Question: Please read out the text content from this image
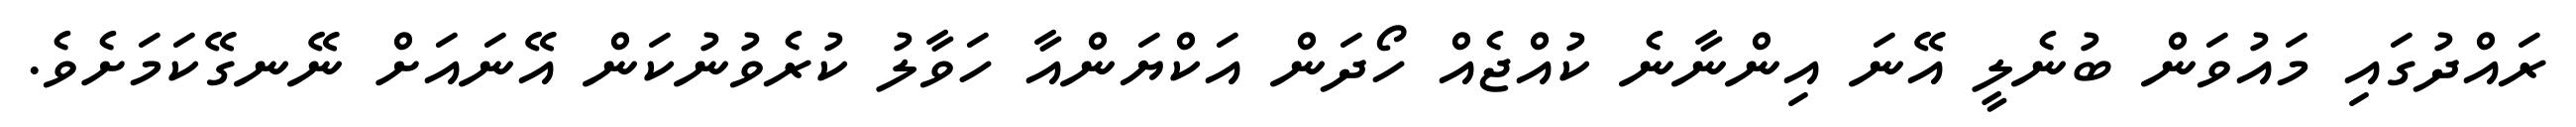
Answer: ރައްދުގައި މައުވަން ބުނެލީ އޭނަ އިންނާނެ ކުއްޖެއް ހޯދަން އަކްޔަންއާ ހަވާލު ކުރެވުނުކަން އޭނައަށް ނޭނގޭކަމަށެވެ.